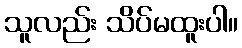
သူလည်း သိပ်မထူးပါ။